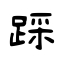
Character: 踩